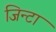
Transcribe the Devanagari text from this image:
जिन्टा